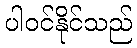
ပါဝင်နိုင်သည်